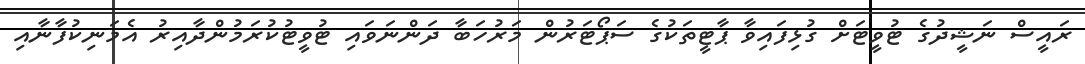
ރައީސް ނަޝީދުގެ ޓުވީޓަށް ގުޅިފައިވާ ޕާޓީތަކުގެ ސަޕޯޓަރުން މަރުހަބާ ދަންނަވައި ޓުވީޓުކުރަމުންދާއިރު އެމަނިކުފާނާއި